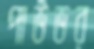
পাউডর